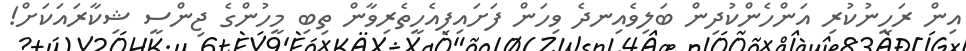
އިން ރަހީނުކުރި އަންހެންކުދިން ބަލިވެއިނދެ ވިހަން ފަށައިފިއެހީތެރިވާން ތިބި މީހުންގެ ޖިންސީ ޝިކާރައަކަށް!